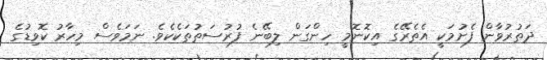
ދަތުރުވާން ފެށުމަކީ އެތެރޭގެ އިކޮނޮމީ ހިންގަން ލިބޭނެ ފުރުސަތުތަކެކެވެ. ނަމަވެސް މިހާރު ކޮވިޑުގެ